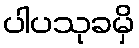
ပါပသုခမှိ